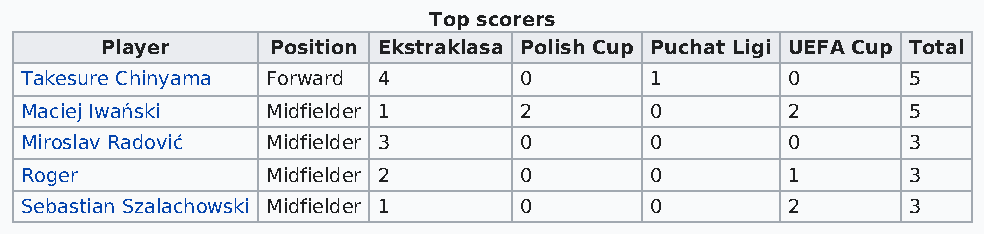
Top scorers
 Player     Position Ekstraklasa Polish Cup Puchat Ligi UEFA Cup Total
 Takesure Chinyama Forward 4      0        1        0       5
 Maciej Iwański   Midfielder 1    2        0        2       5
 Miroslav Radović Midfielder 3    0        0        0       3
 Roger            Midfielder 2    0        0        1       3
 Sebastian Szalachowski Midfielder 1 0     0        2       3